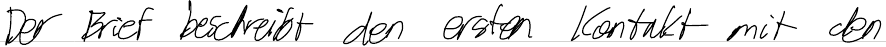
Der Brief beschreibt den ersten Kontakt mit den